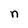
Character: n